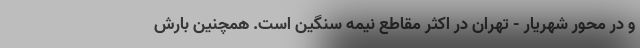
و در محور شهریار - تهران در اکثر مقاطع نیمه سنگین است. همچنین بارش